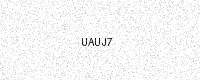
Text: UAUJ7